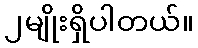
၂မျိုးရှိပါတယ်။